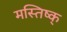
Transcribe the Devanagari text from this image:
मस्तिष्क्